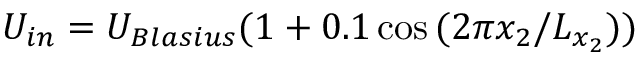
U _ { i n } = U _ { B l a s i u s } ( 1 + 0 . 1 \cos { ( 2 \pi x _ { 2 } / L _ { x _ { 2 } } ) } )